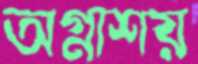
অগ্নাশয়